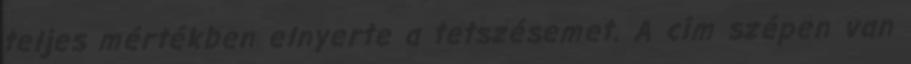
teljes mértékben elnyerte a tetszésemet. A cím szépen van